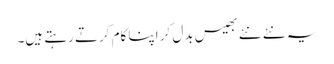
یہ نئے نئے بھیس بدل کر اپنا کام کرتے رہتے ہیں۔